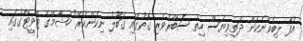
އުފާ ލިބެވޭނެކަން ދަތިވިޔަސް ހިތް ސަބްރުވެރި ގޮތުގައި ގަބޫލު ނިކަންކުރޭ" ހުޝާމްގެ ޓްވީޓްގުގައި